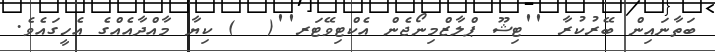
ބަތާނައިން ބޭރުކުރާ ''ޓިޝޫ ޕްލާޒްމިނޯޖެން އެކްޓިވޭޓަރ''(  ) ކިޔާ މާއްދާއެއްގެ އެހީގައެވެ.